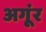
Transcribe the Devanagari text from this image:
अगूंर